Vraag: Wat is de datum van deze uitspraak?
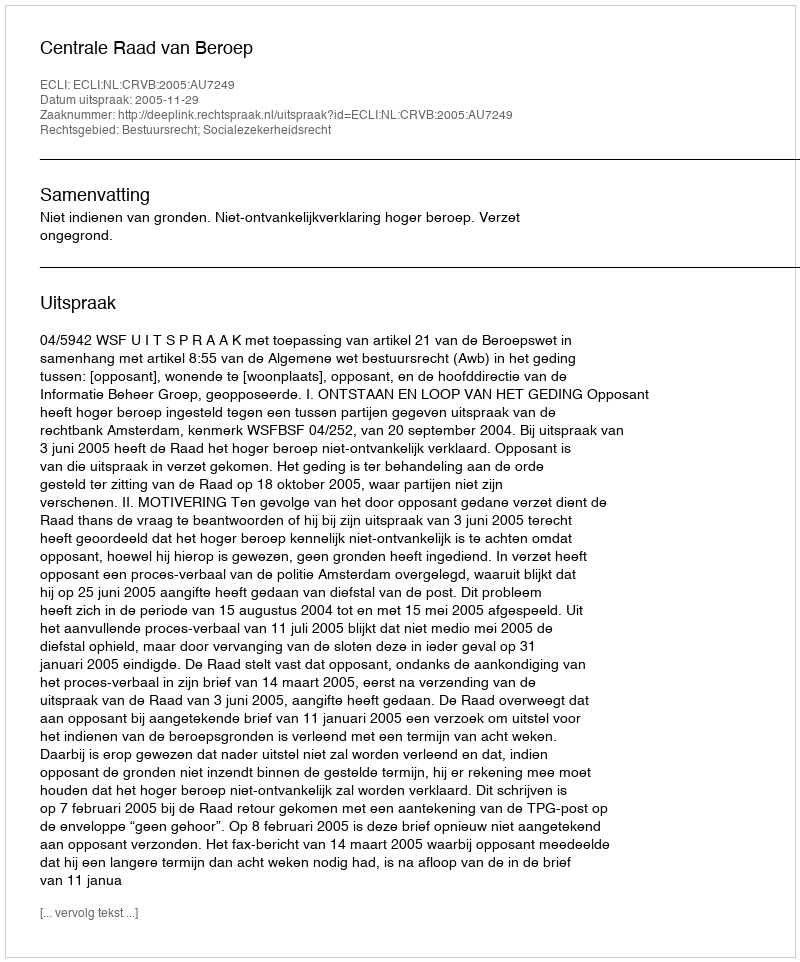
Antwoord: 2005-11-29